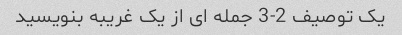
یک توصیف 2-3 جمله ای از یک غریبه بنویسید